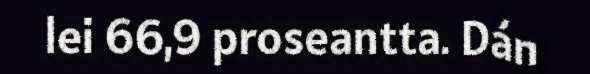
lei 66,9 proseantta. Dán